Vaccination North-Western Provinces and Oudh 1896-1901 - 1896-1901
Year: 1896
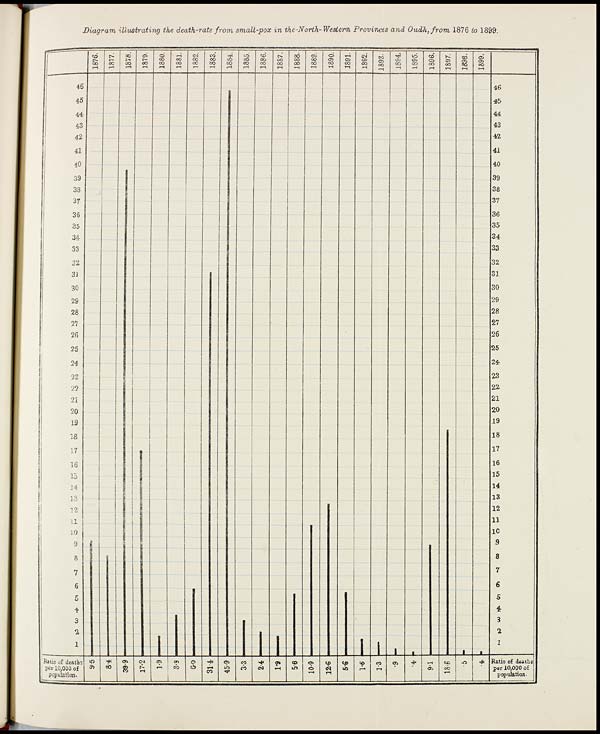
Diagram illustrating the death-rate from small-pox in the-North-Western Provinces and Oudh, from 1876 to 1899.